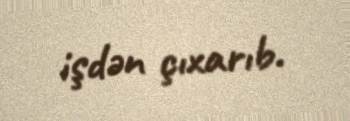
işdən çıxarıb.